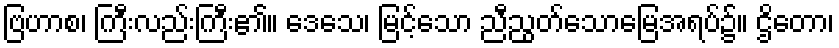
ဗြဟာစ၊ ကြီးလည်းကြီး၏။ ဒေသေ၊ မြင့်သော ညီညွတ်သောမြေအရပ်၌။ ဌိတော၊